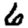
Digit: 6